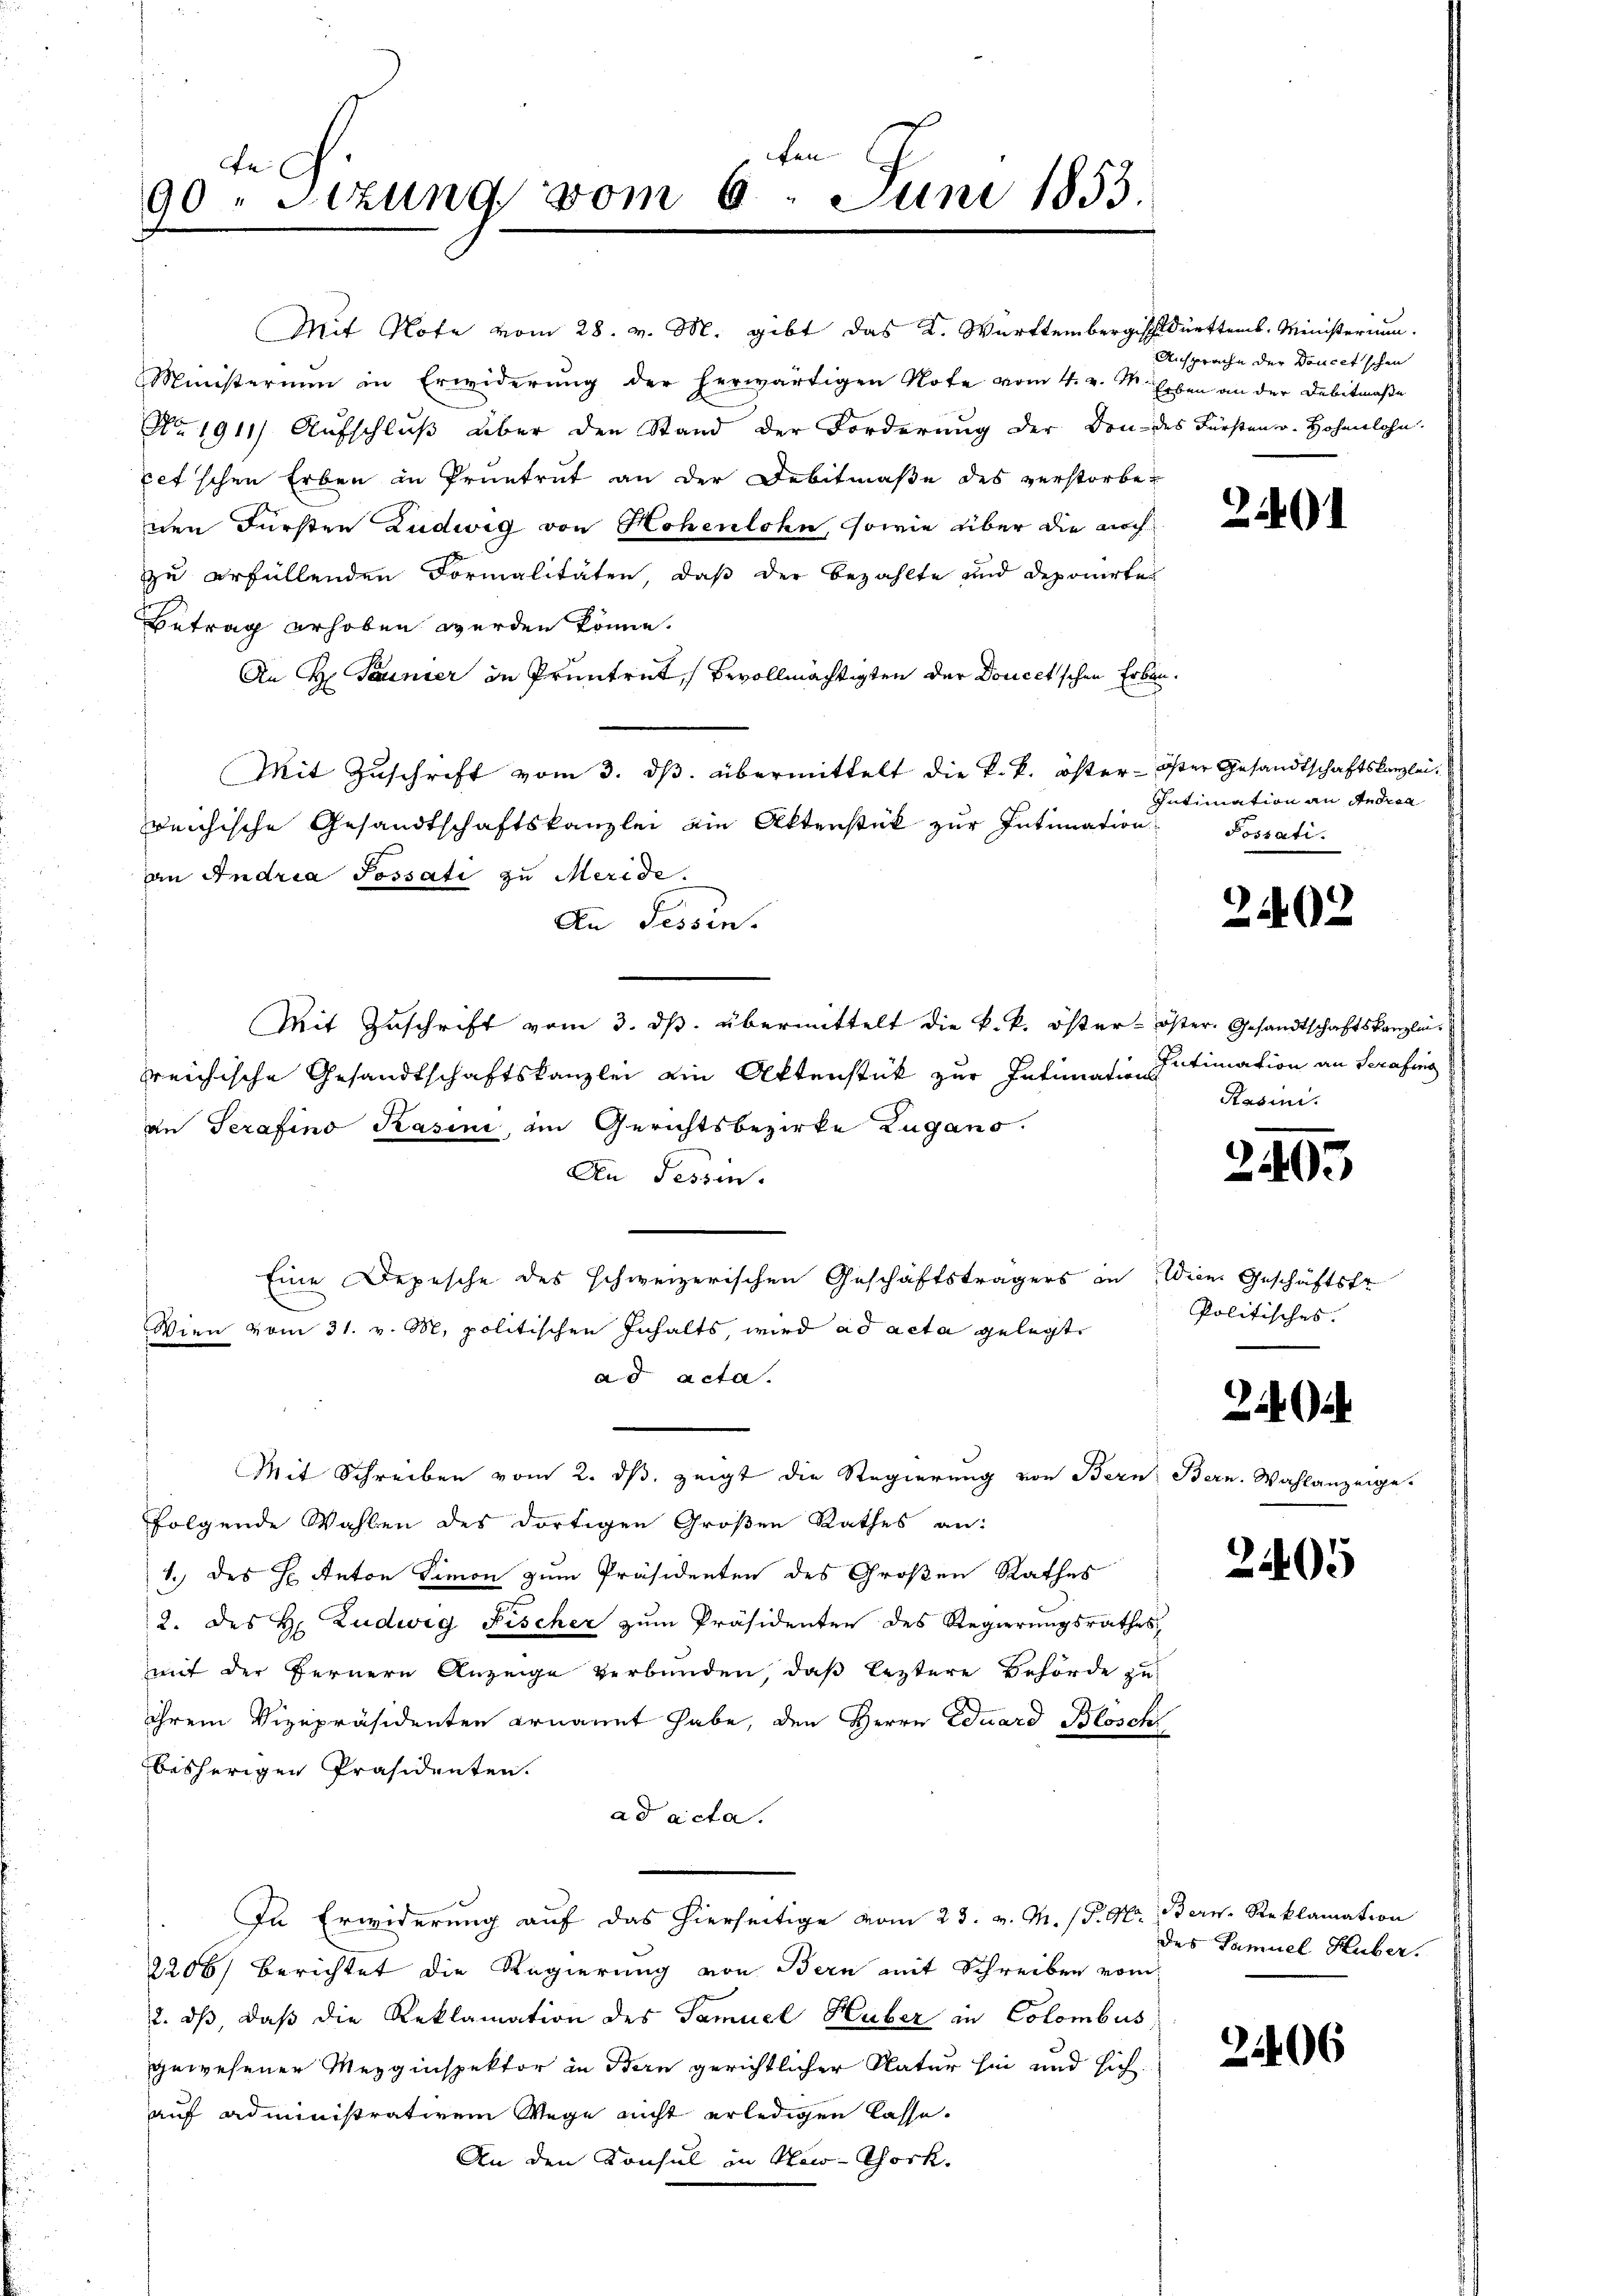
fen
Fel
90. Sitzung vom 6. Juni 1853.

Mit Note vom 28. v. M. gibt das K. Württembergisch dürften. Ministerium.
Ministerium in Erwiderŭng der herwärtigen Note vom 4. v. M. Erben an der Debitmaβe
No. 1911) Aufschluß über den Stand der Forderung der Don- des Fürsten. Hohenlohn.
pet'schen Erben in Pruntrut an der Debitmaße des verstorbenen Fürsten Ludwig von Hohenlohn, sowie über die noch
zu erfüllenden Formalitäten, daß der bezahlte und Deponirte
Betrag erhoben werden könne.
An H. Tauner in Pruntrut, Bevollmächtigten der Doucetschen Erbau¬
Mit Zuschrift vom 3. ds. übermittelt die k. k. öster- öster Gesandtschaftskanzlei-
reichische Gesandtschaftskanzlei ain Aktenstück zur Intimation
an Andria Possati zu Meride.
An Tessin.
Mit Zuschrift vom 3. ds. übermittelt die k. k. öster- öster. Gesandtschaftskanzleirreichische Gesandtschaftskanzlei ein Aktenstück zur Intimation Intimation an Serafing
an Serafino Kasini, im Gerichtsbezirke Zugano.
An Tessin.
Eine Depesche des schweizerischen Geschäftsträgers in Wien Geschäftsfr
Wien vom 31. v. M. politischen Inhalts, wird ad acta gelegt
ad acta.
Mit Schreiben vom 2. dβ, zeigt die Regierung von Bern, Bern. Wahlanzeige.
folgende Wahlen des dortigen Großen Rathes an:
1.) des H. Anton Simon zum Präsidenten des Großen Rathes
12. des H. Ludwig Fischer zum Präsidenten des Regierungsrathes
mit der Fernern Anzeige verbunden, daß leztere Behörde zu
ihrem Vizepräsidenten ernannt habe, den Herrn Eduard Bloschi
bisherigen Präsidenten.
ad acta.
In Erwiderung auf das hierseitige vom 23. v. M. P. M. Bern. Reklamation
2206) Berichtet die Regierung von Bern mit Schreiben vom
2. ds, daß die Reklamation des Samuel Huber in Colombus
gewesenen Meyginspektor in Bern gerichtlicher Natur hin und sich
auf administrativem Wege nicht erledigen lasse.
An den Konsul in New-Thock.

Ansprache der Doucet'schen

2401

Intimation an Andrea
Possati.

2

02

Rasini.

2405

Politisches.

24 u.

2405

des Samuel Huber.

2406